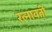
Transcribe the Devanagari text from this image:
रत्नावती